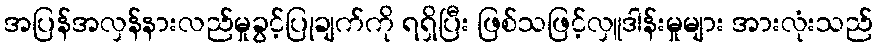
အပြန်အလှန်နားလည်မှုခွင့်ပြုချက်ကို ရရှိပြီး ဖြစ်သဖြင့်လှူဒါန်းမှုများ အားလုံးသည်